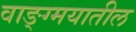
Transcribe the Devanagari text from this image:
वाङ्ग्मयातील